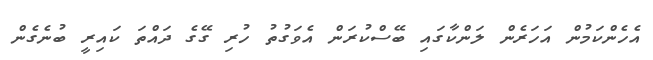
އެހެންކަމުން އަހަރެން ލަންކާގައި ބޭސްކުރަން އެވަގުތު ހުރި ގޭގެ ދައްތަ ކައިރީ ބުނެގެން